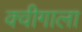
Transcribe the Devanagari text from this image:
क्वीगाला